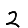
Digit: 2